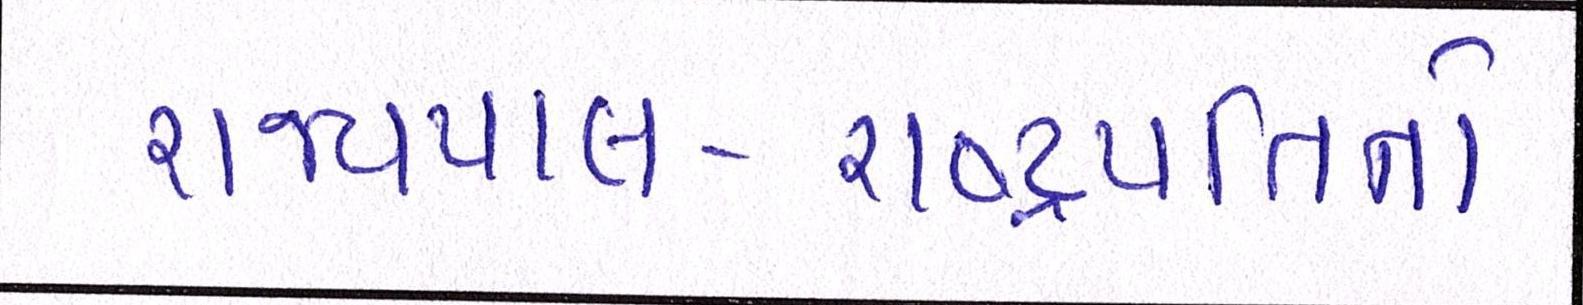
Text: રાજ્યપાલ-રાષ્ટ્રપતિનો